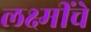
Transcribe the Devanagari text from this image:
लक्ष्मींचे